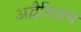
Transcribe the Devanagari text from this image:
अद्वैतिज़म